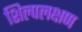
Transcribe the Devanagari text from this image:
शिल्पलक्षण